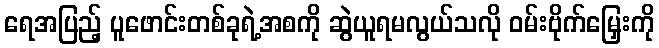
ရေအပြည့် ပူဖောင်းတစ်ခုရဲ့အစကို ဆွဲယူရမလွယ်သလို ဝမ်းဗိုက်မြှေးကို